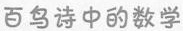
百鸟诗中的数学